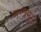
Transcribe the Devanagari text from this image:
मन्त्रमूलं